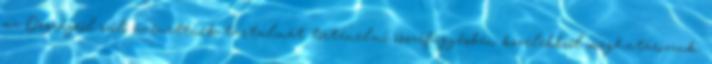
az Országról szóló üzenetének tartalmát történelmi összefüggésben közelebbről meghatározzuk.